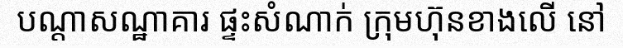
បណ្តាសណ្ឋាគារ ផ្ទះសំណាក់ ក្រុមហ៊ុនខាងលើ នៅ